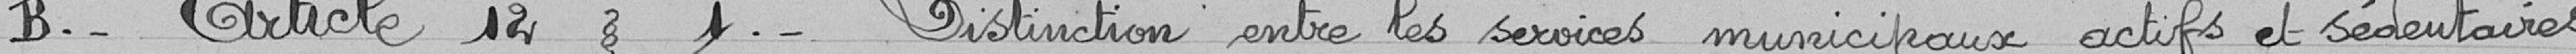
B._    Article 12 §   1._   Distinction entre les services municipaux actifs et sédentaires